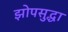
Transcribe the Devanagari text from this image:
झोपसुद्धा